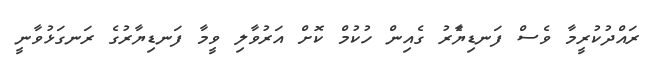
ރައްދުކުރީމާ ވެސް ފަނޑިޔާެރު ގެއިން ހުކުމް ކޮށް އަރުވާލި ވީމާ ފަނޑިޔާރުގެ ރަނގަޅުވާނީ